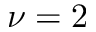
\nu = 2